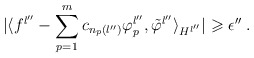
\begin{align*}\vert\langle f^{l''}-\sum_{p=1}^m c_{n_p(l'')}\varphi_p^{l''},\tilde{\varphi}^{l''}\rangle_{H^{l''}}\vert\geqslant\epsilon''\; .\end{align*}